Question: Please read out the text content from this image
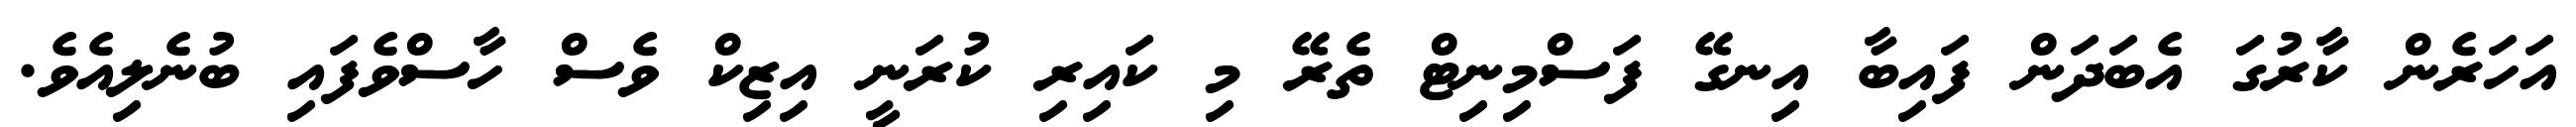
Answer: އަހަރެން ކާރުގަ އެބަދަން ފައިބާ އިނގޭ ފަސްމިނިޓް ތެރޭ މި ކައިރި ކުރަނީ އިޒިކް ވެސް ހާސްވެފައި ބުނެލިއެވެ.